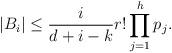
LaTeX: \begin{align*}|B_i|\le \frac{i}{d+i-k}r! \prod_{j=1}^h p_j.\end{align*}